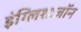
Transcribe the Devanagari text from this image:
इंग्लिशःजॉन